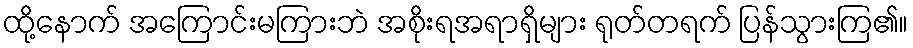
ထို့နောက် အကြောင်းမကြားဘဲ အစိုးရအရာရှိများ ရုတ်တရက် ပြန်သွားကြ၏။